Calcutta medical institutions reports 1871-78
Year: 1871
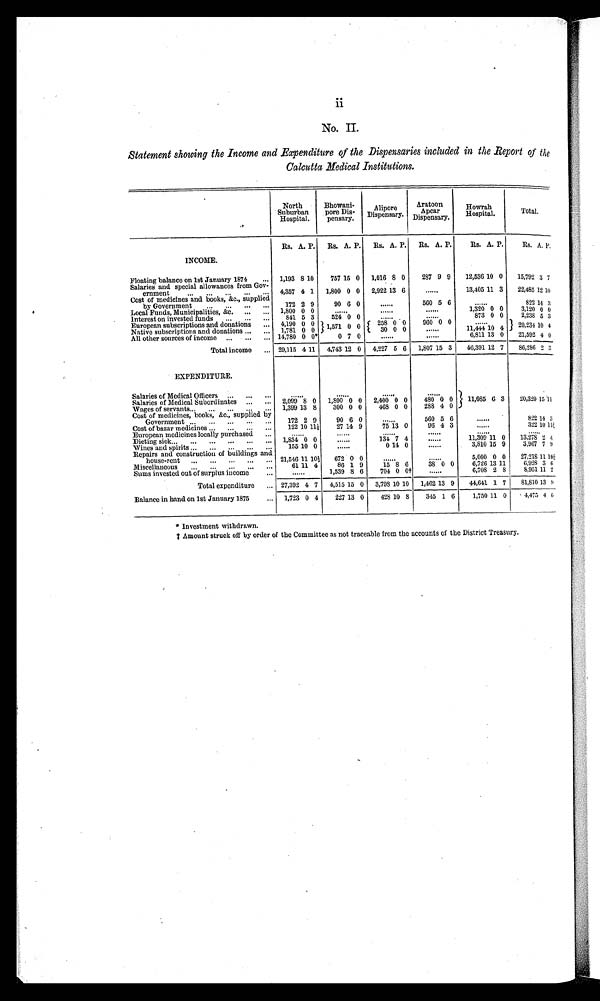
ii
No. II.
Statement showing the Income and Expenditure of the Dispensaries included in the Report
Calcutta Medical Institutions.
North
Suburban
Hospitals.
Bhowani-
pore Dis-
pensary.
Alipore
Dispensary.
Aratoon
Apcar
Dispensary.
Howrah
Hospital.
Total.
Rs. A. P. Rs. A. P. Rs. A. P. Rs. A. P.
Rs. A. P.
Rs. A. P.
INCOME.
Floating balance on 1st January 1874
1,193 8 10
757 15 0 1,016 8 0
287 9 9 12,536 10 0 15,792 3 7
Salaries and special allowances from Gov-
ernment
4,357 4 1 1,800 0 0 2,922 13 6
. . .
13,405 11 3 22,485 12 10
Cost of medicines and books, &c., supplied
by Government
172 2 9
90 6 0
. . .
560 5 6
. . .
822 14 3
Local Funds, Municipalities, &c.
1,800 0 0
. . .
. . .
. . .
1,320 0 0
3,120 0 0
Interest on invested funds
841 5 3
524 0 0
. . .
. . .
873 0 0
2,238 5 3
European subscriptions and donations
4,190 0 0 1,571 0 0
258 0 0
960 0 0
. . .
2 0 , 2 3 4 1 0 4
Native subscriptions and donations
1,781 0 0
30 0 0
1 1 , 4 4 4 1 0 4
All other sources of income
14,780 0 0*
0 7 0
. . .
. . .
6,811 1 3 0 21,592 4 0
Total income
29,115 4 11 4,743 12 0 4,227 5 6 1,807 15 3 46,391 12 7 86,286 2 3
EXPENDITURE.
Salaries of Medical Officers
. . .
. . .
. . .
. . .
1 1 , 0 8 5 6 3 20,320 1 5 1 1
Salaries of Medical Subordinates
2,099 8 0 1,800 0 0 2,400 0 0
480 0 0
Wages of servants.
1,399 13 8
300 0 0
468 0 0
288 4 0
Cost of medicines, books, &c., supplied by
Government
172 2 9
90 6 0
. . .
560 5 6
. . .
8 2 2 1 4 3
Cost of bazar medicines
122 10 1 1 ½
27 14 9
75 13 0
96 4 3
. . .
322 10 1 1 ½
European medicines locally purchased
. . .
. . .
. . .
. . .
. . .
. . .
Dieting sick
1,834 0 0
. . .
134 7 4
. . .
11,309 11 0 13,278 2 4
Wines and spirits
155 10 0
. . .
0 14 0
. . .
3,810 15 9
3,967 7 9
Repairs and construction of buildings and
house-rent
21,546 11 1 0 ½ 672 0 0
. . .
. . .
5,000 0 0 27,218 11 1 0 ½
Miscellaneous
61 11 4
86 1 9
15 8 6
38 0 0
6,726 13 11
6,928 3 6
Sums invested out of surplus income
. . .
1,539 8 6
704 0 0†
. . .
6,708 2 8
8,951 1 1 2
Total expenditure
27,392 4 7 4,515 15 0 3,798 10 10 1,462 13 9 44,641 1 7 81,810 13 9
Balance in hand on 1st January 1875
1,723 0 4
227 13 0
428 10 8 345 1 6
1,750 11 0
4 , 4 7 5 4 6
* I n v e s t m e n t w i t h d r a w n .
† Amount struck off by order of the Committee as not traceable from the accounts of the District Treasury.